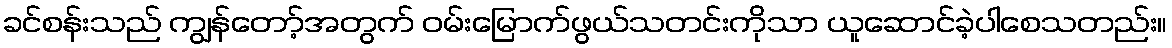
ခင်စန်းသည် ကျွန်တော့်အတွက် ဝမ်းမြောက်ဖွယ်သတင်းကိုသာ ယူဆောင်ခဲ့ပါစေသတည်း။